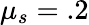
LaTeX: \mu_{s}=.2